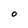
Character: O